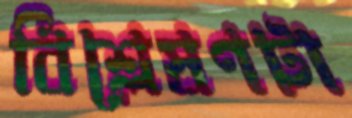
বিশ্লেষণটা